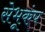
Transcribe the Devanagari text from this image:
सेभूकंप